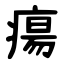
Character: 瘍